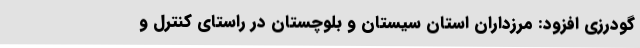
گودرزی افزود: مرزداران استان سیستان و بلوچستان در راستای کنترل و